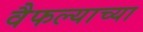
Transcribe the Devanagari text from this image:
वैफल्याच्या